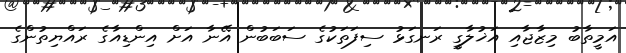
އަމީތާބު މިޒާޖާއި އަޚުލާގީ ރަނގަޅު ސިފަތަކުގެ ސަބަބުން އޭނާ އަށް އިންޑިއާގެ ރައްޔިތުންގެ